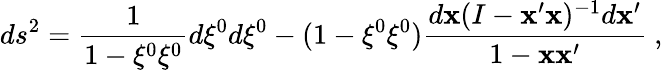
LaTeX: ds^{2}=\frac{1}{1-\xi^{0}\xi^{0}}d\xi^{0}d\xi^{0}-(1-\xi^{0}\xi^{0})\frac{d{\mathbf x}(I-{\mathbf x}^{\prime}{\mathbf x})^{-1}d{\mathbf x}^{\prime}}{1-{\mathbf x}{\mathbf x}^{\prime}}~,